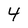
Character: 4